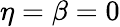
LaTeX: \eta=\beta=0